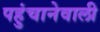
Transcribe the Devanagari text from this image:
पहुंचानेवाली